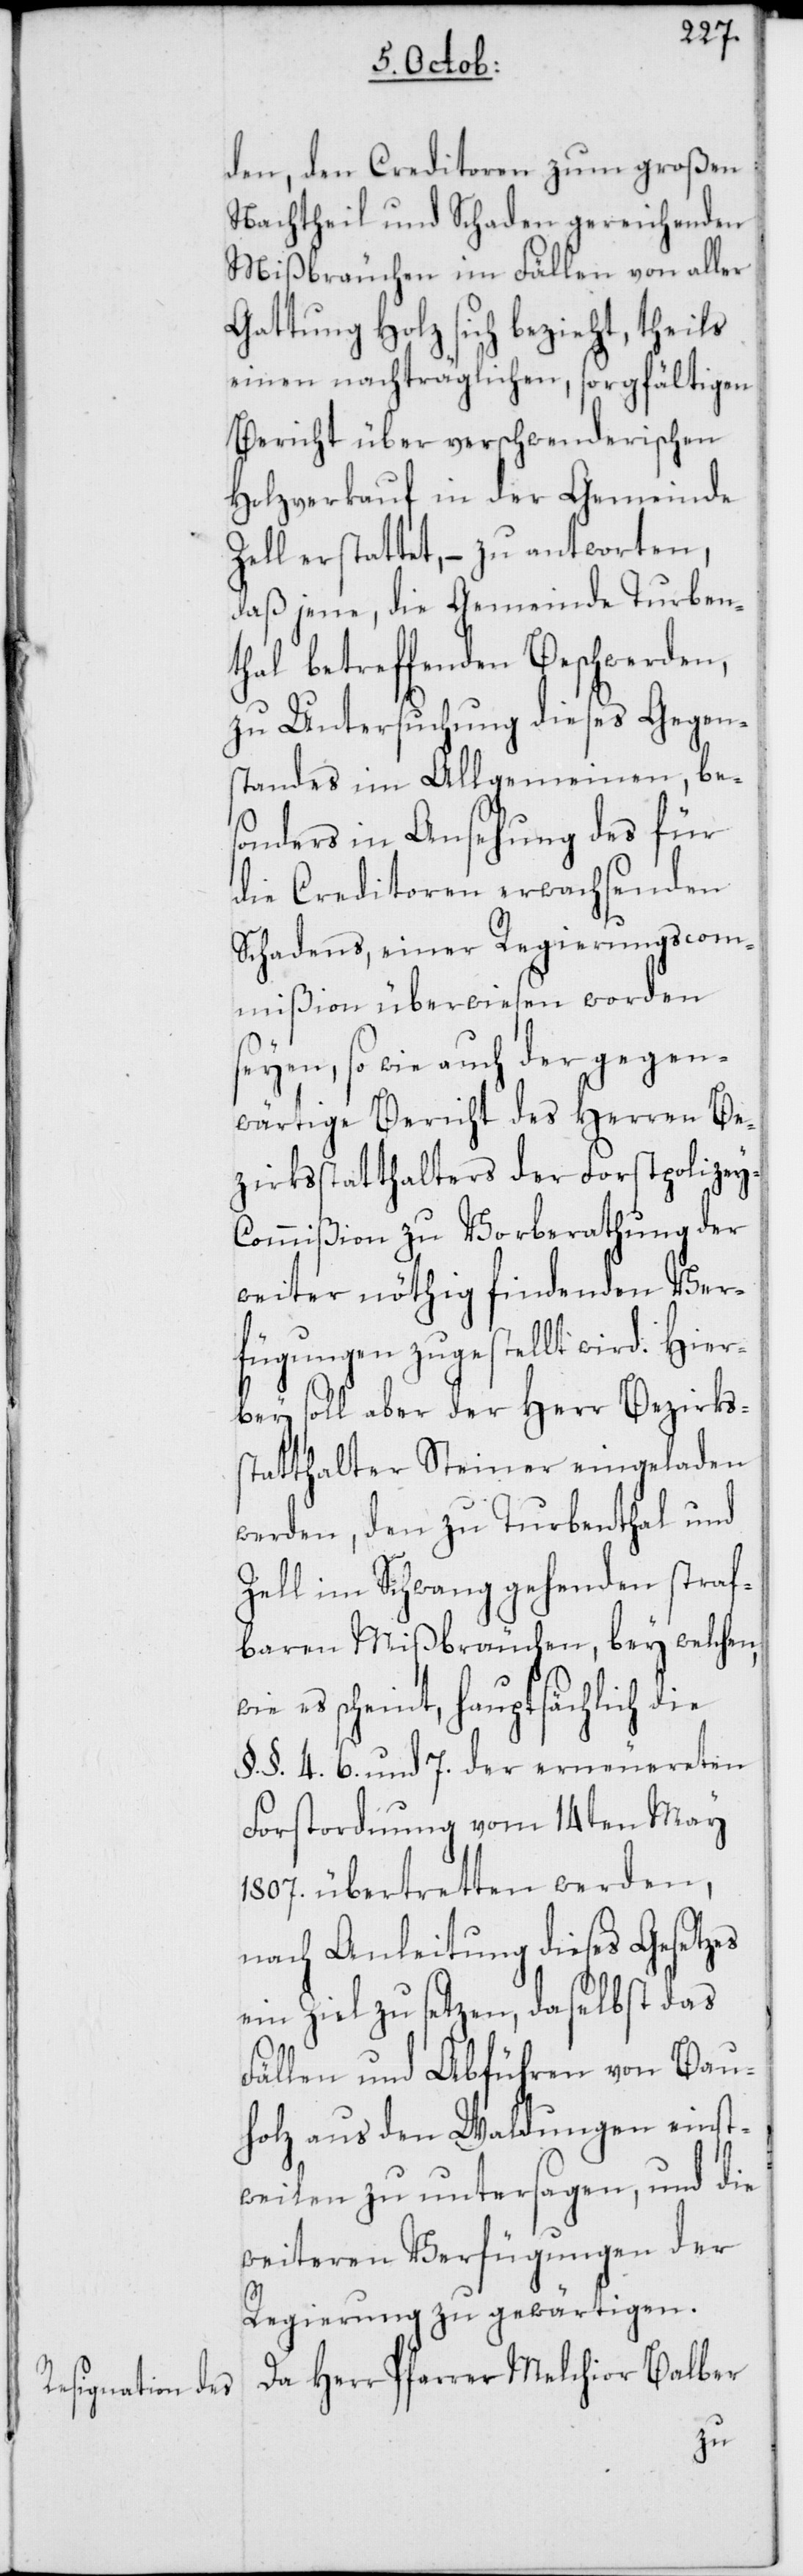
den, den Creditoren zum großen
Nachtheil und Schaden gereichenden
Mißbräuchen im Fällen von aller
Gattung Holz sich bezieht, theils
einen nachträglichen, sorgfältigen
Bericht über verschwenderischen
Holzverkauf in der Gemeinde
Zell erstattet, – zu antworten,
daß jene, die Gemeinde Turben¬
thal betreffenden Beschwerden,
zu Untersuchung dieses Gegen¬
standes im Allgemeinen, be¬
sonders in Ansehung des für
die Creditoren erwachsenden
Schadens, einer Regierungscom¬
mißion überwiesen worden
seyen, so wie auch der gegen¬
wärtige Bericht des Herren Be¬
zirksstatthalters der Forstpolizey-C¬
ommißion zu Vorberathung der
weiter nöthig findenden Ver¬
fügungen zugestellt wird. Hier¬
bey soll aber der Herr Bezirks¬
statthalter Steiner eingeladen
werden, den zu Turbenthal und
Zell im Schwang gehenden straf¬
baren Mißbräuchen, bey welchen,
es scheint, hauptsächlich die
§.§. 4. 6. und 7. der erneuereten
Forstordnung vom 14ten May
1807. übertretten werden,
nach Anleitung dieses Gesetzes
ein Ziel zu setzen, daselbst das
Fällen und Abführen von Bau¬
holz aus den Waldungen einst¬
weilen zu untersagen, und die
weiteren Verfügungen der
Regierung zu gewärtigen.
Da Herr Pfarrer Melchior Balber